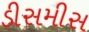
ડીસમીસ